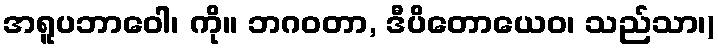
အရူပဘာဝေါ၊ ကို။ ဘဂဝတာ, ဒီပိတောယေဝ၊ သည်သာ၊)